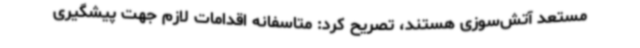
مستعد آتش‌سوزی‌ هستند،‌ تصریح کرد: متاسفانه اقدامات لازم جهت پیشگیری